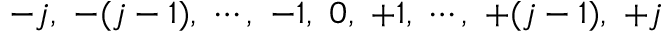
- j , \ - ( j - 1 ) , \ \cdots , \ - 1 , \ 0 , \ + 1 , \ \cdots , \ + ( j - 1 ) , \ + j